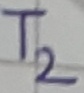
Text: T2